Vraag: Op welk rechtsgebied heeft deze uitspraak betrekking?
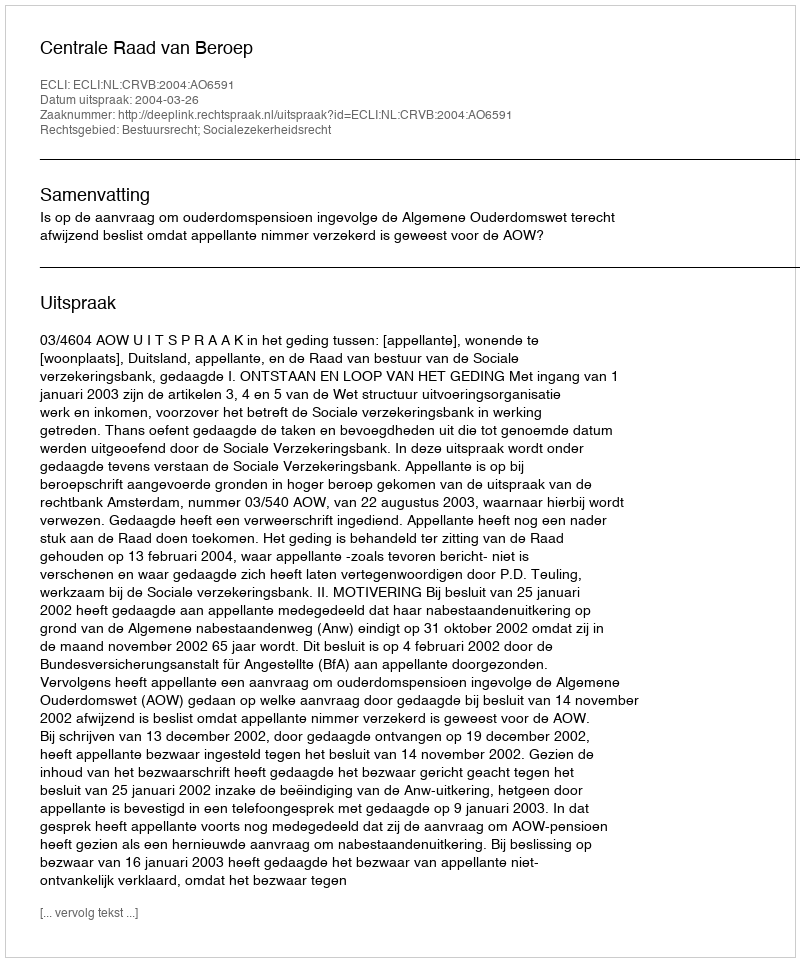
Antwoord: Bestuursrecht; Socialezekerheidsrecht